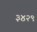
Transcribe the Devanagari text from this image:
३४२९